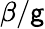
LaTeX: \beta/\mathsf{g}